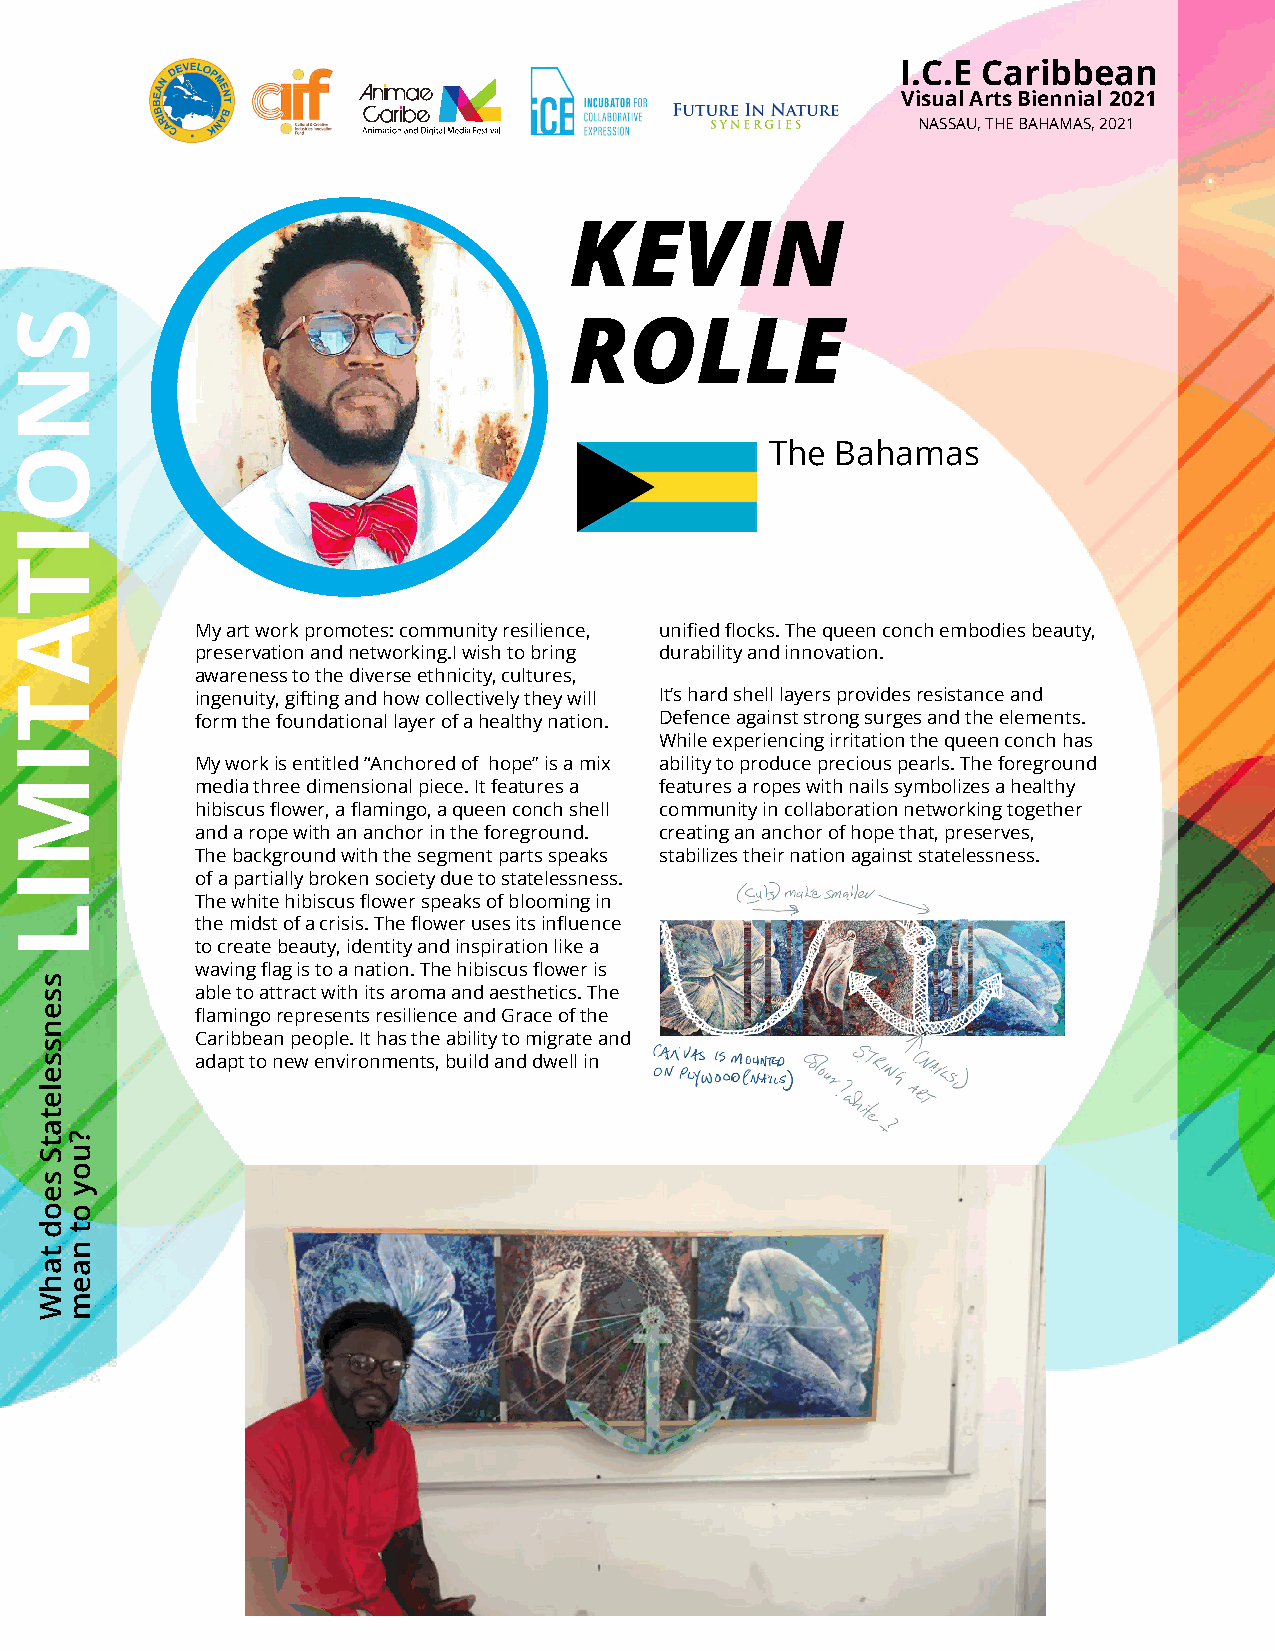
I.C.E Caribbean
 Visual Arts Biennial 2021
 NASSAU, THE BAHAMAS, 2021
 KEVIN
 ROLLE
 The Bahamas
 My art work promotes: community resilience, unified flocks. The queen conch embodies beauty,
 preservation and networking.I wish to bring durability and innovation.
 awareness to the diverse ethnicity, cultures,
 ingenuity, gifting and how collectively they will It’s hard shell layers provides resistance and
 form the foundational layer of a healthy nation. Defence against strong surges and the elements.
 While experiencing irritation the queen conch has
 My work is entitled “Anchored of hope” is a mix ability to produce precious pearls. The foreground
 media three dimensional piece. It features a features a ropes with nails symbolizes a healthy
 hibiscus flower, a flamingo, a queen conch shell community in collaboration networking together
 and a rope with an anchor in the foreground. creating an anchor of hope that, preserves,
 The background with the segment parts speaks stabilizes their nation against statelessness.
 of a partially broken society due to statelessness.
 The white hibiscus flower speaks of blooming in
 the midst of a crisis. The flower uses its influence
 to create beauty, identity and inspiration like a
 waving flag is to a nation. The hibiscus flower is
 able to attract with its aroma and aesthetics. The
 flamingo represents resilience and Grace of the
 Caribbean people. It has the ability to migrate and
 adapt to new environments, build and dwell in
 SNOITATIMIL
 ssensseletatS
 seod
 tahW
 ?uoy
 ot
 naem